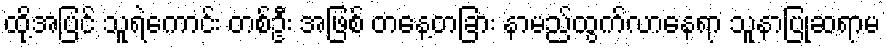
ထို့အပြင် သူရဲကောင်း တစ်ဦး အဖြစ် တနေ့တခြား နာမည်ထွက်လာနေရာ သူနာပြုဆရာမ